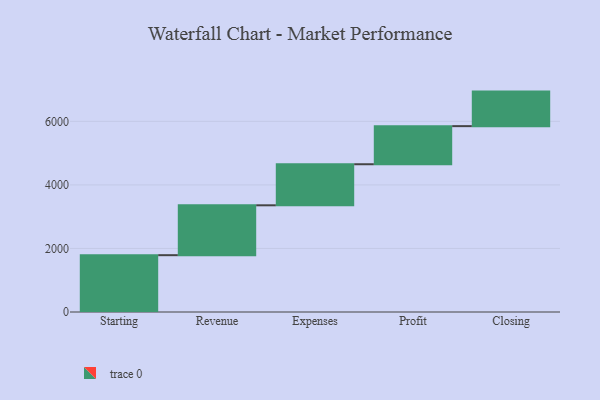
{"axis": {"x": "Step", "y": "Value"}, "legend": [""], "data": [{"x": "Starting", "y": 1788.0, "type": ""}, {"x": "Revenue", "y": 1570.0, "type": ""}, {"x": "Expenses", "y": 1292.0, "type": ""}, {"x": "Profit", "y": 1199.0, "type": ""}, {"x": "Closing", "y": 1087.0, "type": ""}]}